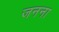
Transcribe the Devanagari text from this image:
जनना